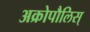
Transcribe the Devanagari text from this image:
अक्रोपौलिस्‌